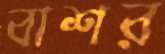
বাশর